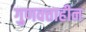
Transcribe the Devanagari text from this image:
गुणवत्ताहीन